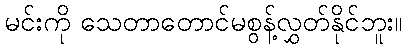
မင်းကို သေတာတောင်မစွန့်လွှတ်နိုင်ဘူး။